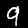
Digit: 9